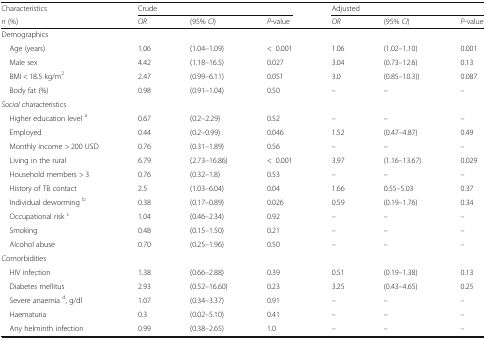
<table><thead><tr><td><b>Characteristics</b></td><td colspan="3"><b>Crude</b></td><td colspan="3"><b>Adjusted</b></td></tr><tr><td><b><i>n</i> (%)</b></td><td><b><i>OR</i></b></td><td><b>(95% <i>CI</i>)</b></td><td><b><i>P</i>-value</b></td><td><b><i>OR</i></b></td><td><b>(95% <i>CI</i>)</b></td><td><b><i>P</i>-value</b></td></tr></thead><tbody><tr><td colspan="7">Demographics</td></tr><tr><td> Age (years)</td><td>1.06</td><td>(1.04–1.09)</td><td>&lt;0.001</td><td>1.06</td><td>(1.02–1.10)</td><td>0.001</td></tr><tr><td> Male sex</td><td>4.42</td><td>(1.18–16.5)</td><td>0.027</td><td>3.04</td><td>(0.73–12.6)</td><td>0.13</td></tr><tr><td> BMI &lt; 18.5 kg/m<sup>2</sup></td><td>2.47</td><td>(0.99–6.11)</td><td>0.051</td><td>3.0</td><td>(0.85–10.3))</td><td>0.087</td></tr><tr><td> Body fat (%)</td><td>0.98</td><td>(0.91–1.04)</td><td>0.50</td><td>–</td><td>–</td><td>–</td></tr><tr><td colspan="7"><i>Social</i> characteristics</td></tr><tr><td> Higher education level <sup>a</sup></td><td>0.67</td><td>(0.2–2.29)</td><td>0.52</td><td>–</td><td>–</td><td>–</td></tr><tr><td> Employed</td><td>0.44</td><td>(0.2–0.99)</td><td>0.046</td><td>1.52</td><td>(0.47–4.87)</td><td>0.49</td></tr><tr><td> Monthly income &gt; 200 USD</td><td>0.76</td><td>(0.31–1.89)</td><td>0.56</td><td>–</td><td>–</td><td>–</td></tr><tr><td> Living in the rural</td><td>6.79</td><td>(2.73–16.86)</td><td>&lt;0.001</td><td>3.97</td><td>(1.16–13.67)</td><td>0.029</td></tr><tr><td> Household members &gt; 3</td><td>0.76</td><td>(0.32–1.8)</td><td>0.53</td><td>–</td><td>–</td><td>–</td></tr><tr><td> History of TB contact</td><td>2.5</td><td>(1.03–6.04)</td><td>0.04</td><td>1.66</td><td>0.55–5.03</td><td>0.37</td></tr><tr><td> Individual deworming <sup>b</sup></td><td>0.38</td><td>(0.17–0.89)</td><td>0.026</td><td>0.59</td><td>(0.19–1.76)</td><td>0.34</td></tr><tr><td> Occupational risk <sup>c</sup></td><td>1.04</td><td>(0.46–2.34)</td><td>0.92</td><td>–</td><td>–</td><td>–</td></tr><tr><td> Smoking</td><td>0.48</td><td>(0.15–1.50)</td><td>0.21</td><td>–</td><td>–</td><td>–</td></tr><tr><td> Alcohol abuse</td><td>0.70</td><td>(0.25–1.96)</td><td>0.50</td><td>–</td><td>–</td><td>–</td></tr><tr><td colspan="7">Comorbidities</td></tr><tr><td> HIV infection</td><td>1.38</td><td>(0.66–2.88)</td><td>0.39</td><td>0.51</td><td>(0.19–1.38)</td><td>0.13</td></tr><tr><td> Diabetes mellitus</td><td>2.93</td><td>(0.52–16.60)</td><td>0.23</td><td>3.25</td><td>(0.43–4.65)</td><td>0.25</td></tr><tr><td> Severe anaemia <sup>d</sup>, g/dl</td><td>1.07</td><td>(0.34–3.37)</td><td>0.91</td><td>–</td><td>–</td><td>–</td></tr><tr><td> Haematuria</td><td>0.3</td><td>(0.02–5.10)</td><td>0.41</td><td>–</td><td>–</td><td>–</td></tr><tr><td> Any helminth infection</td><td>0.99</td><td>(0.38–2.65)</td><td>1.0</td><td>–</td><td>–</td><td>–</td></tr></tbody></table>